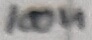
Text: 100n